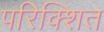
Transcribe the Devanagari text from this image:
परिक्शित